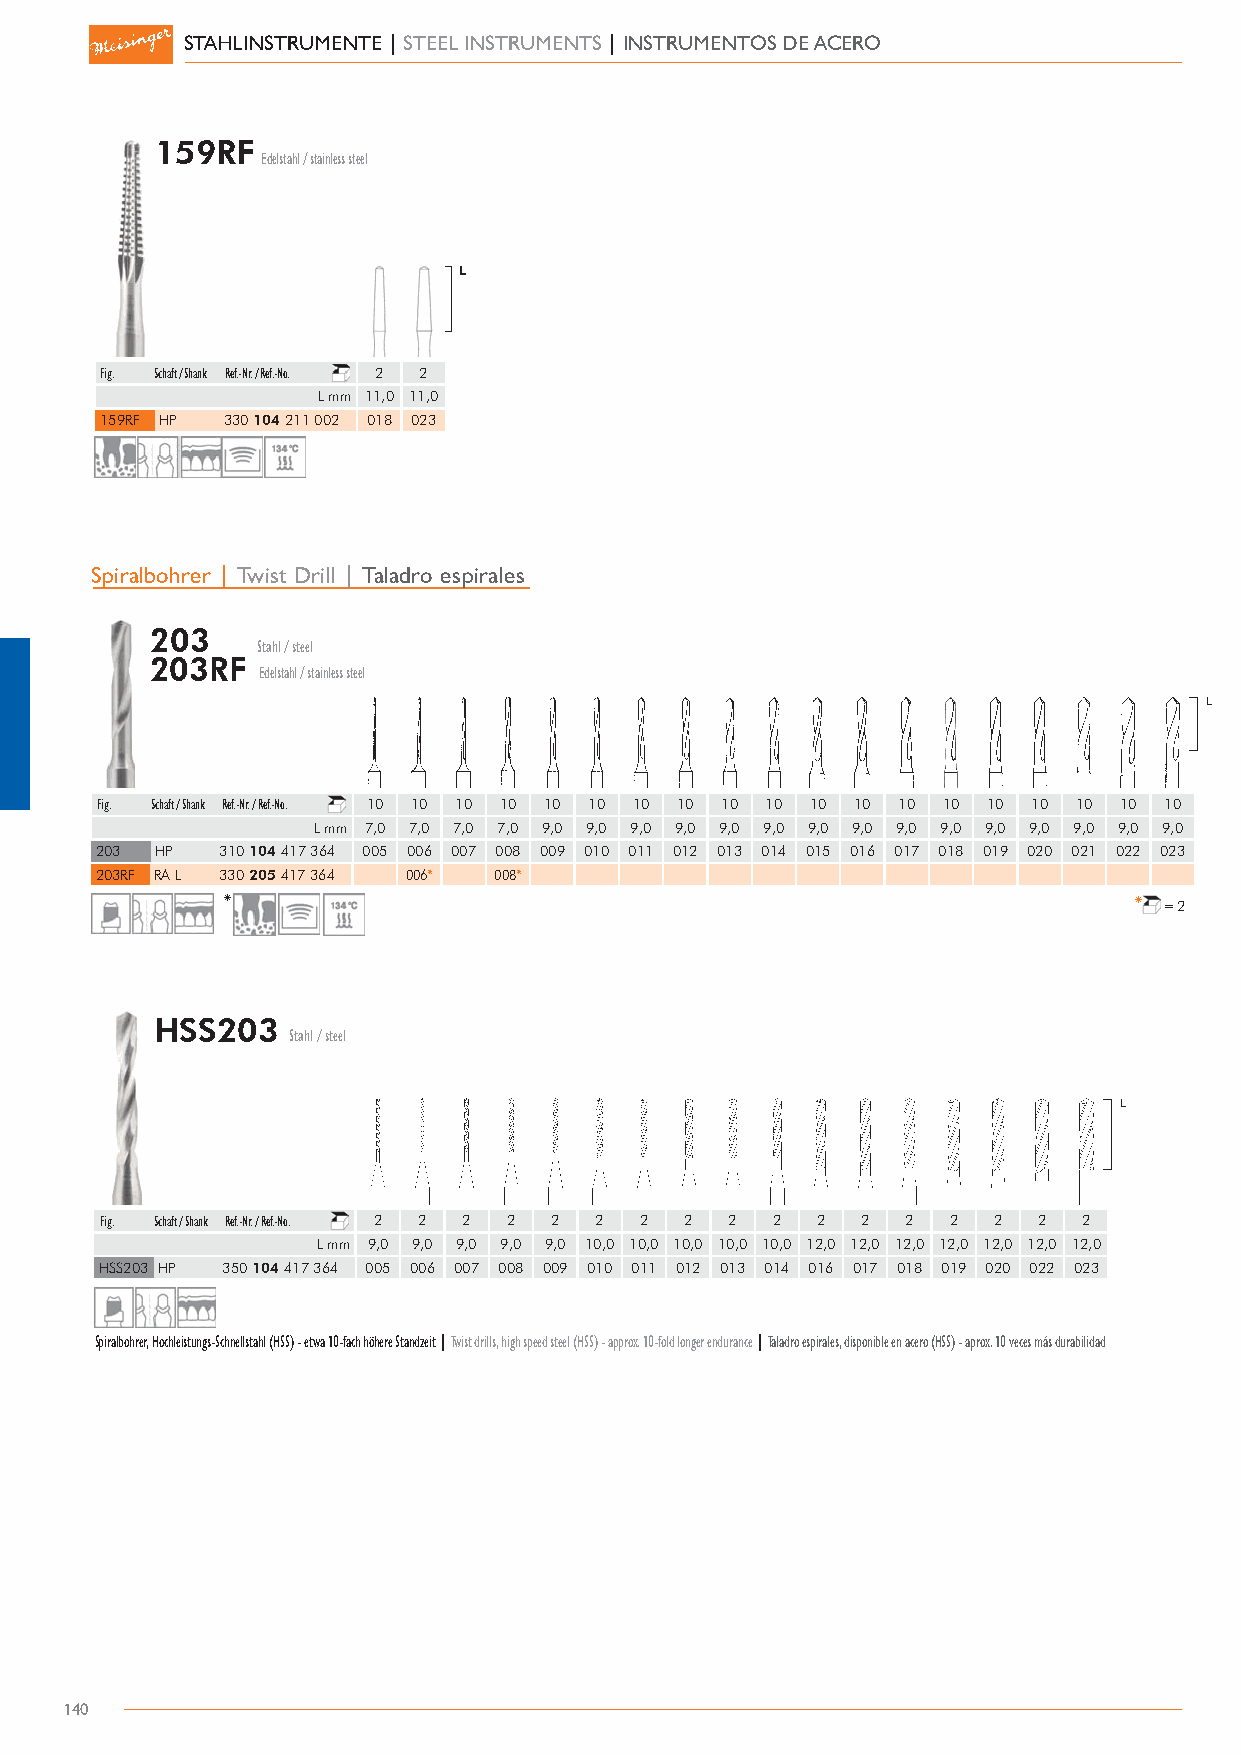
STAHLINSTRUMENTE | STEEL INSTRUMENTS | INSTRUMENTOS DE ACERO
 159RF
 Edelstahl / stainless steel
 Fig. Schaft / Shank Ref.-Nr. / Ref.-No. 2 2
 L mm 11.,0 11.,0
 159RF HP 330 104 211 002 018 023
 Spiralbohrer | Twist Drill | Taladro espirales
 203
 Stahl / steel
 203RF
 Edelstahl / stainless steel
 Fig. Schaft / Shank Ref.-Nr. / Ref.-No. 10 10 10 10 10 10 10 10 10 10 10 10 10 10 10 10 10 10 10
 L mm 7,.0 7,.0 7,.0 7,.0 9,.0 9,.0 9,.0 9,.0 9,.0 9,.0 9,.0 9,.0 9,.0 9,.0 9,.0 9,.0 9,.0 9,.0 9,.0
 203 HP   310 104 417 364 005 006 007 008 009 010 011 012 013 014 015 016 017 018 019 020 021 022 023
 203RF RA L 330 205 417 364 006* 008*
 *                                                           * =2
 HSS203
 Stahl / steel
 Fig. Schaft / Shank Ref.-Nr. / Ref.-No. 2 2 2 2 2 2 2 2 2 2 2 2 2 2 2 2 2
 L mm 9,.0 9,.0 9,.0 9,.0 9,.0 10.,0 10.,0 10.,0 10.,0 10.,0 12.,0 12.,0 12.,0 12.,0 12.,0 12.,0 12.,0
 HSS203 HP 350 104 417 364 005 006 007 008 009 010 011 012 013 014 016 017 018 019 020 022 023
 Spiralbohrer, Hochleistungs-Schnellstahl (HSS) - etwa 10-fach höhere Standzeit | Twist drills, high speed steel (HSS) - approx. 10-fold longer endurance | Taladro espirales, disponible en acero (HSS) - aprox. 10 veces más durabilidad
 140